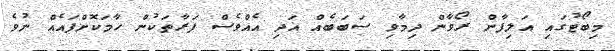
މިބޯޓުގައި އަލިފާން ރޯވާން ދިމާވި ސަބަބެއް އަދި އެއްވެސް ފަރާތަކުން ހާމަކޮށްފައެއް ނުވެ